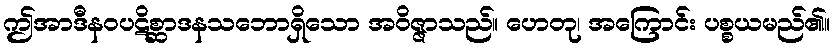
ဤအာဒီနဝပဋိစ္ဆာဒနသဘောရှိသော အဝိဇ္ဇာသည်။ ဟေတု၊ အကြောင်း ပစ္စယမည်၏။